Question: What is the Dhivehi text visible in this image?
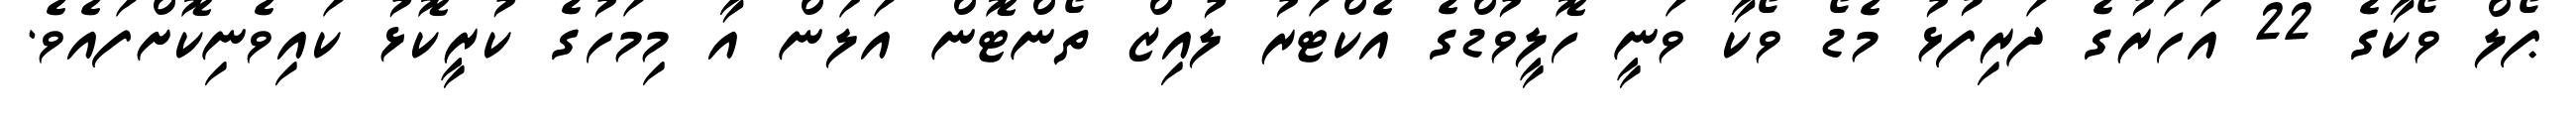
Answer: ޕޯލް ވޯކާގެ 22 އަހަރުގެ ދަރިފުޅު މެޑޯ ވޯކާ ވަނީ ހޮލީވުޑްގެ އެކްޓަރު ލުއިޒް ތޯންޓޮން އަލަން އާ މިމަހުގެ ކުރީކޮޅު ކައިވެނިކޮށްފައެވެ.